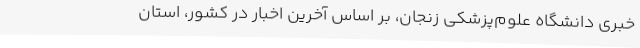
خبری دانشگاه علوم‌پزشکی زنجان، بر اساس آخرین اخبار در کشور، استان